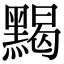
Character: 𪑦